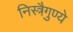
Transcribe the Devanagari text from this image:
निस्त्रैगुण्ये